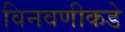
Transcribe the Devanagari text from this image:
विनवणीकडे